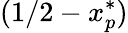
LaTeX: (1/2-x_{p}^{*})